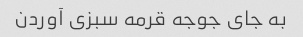
به جای جوجه قرمه سبزی آوردن